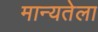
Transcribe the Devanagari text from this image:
मान्यतेला